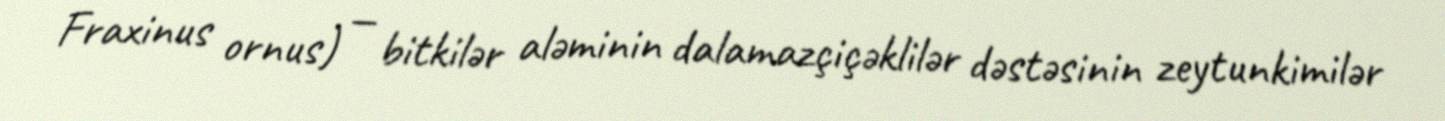
Fraxinus ornus) — bitkilər aləminin dalamazçiçəklilər dəstəsinin zeytunkimilər